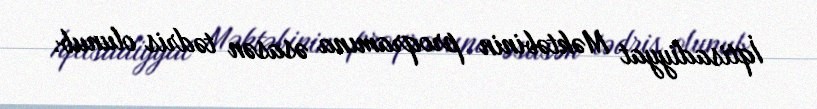
İqtisadiyyat Məktəbinin proqramına əsasən tədris olunub.